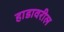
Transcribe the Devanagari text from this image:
हाडावरील